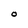
Character: o